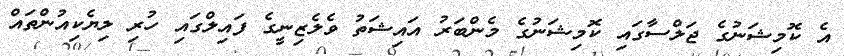
އެ ކޮމިޝަނުގެ ޖަލްސާގައި ކޮމިޝަނުގެ މެންބަރު އައިޝަތު ވެލެޒިނީގެ ފައިލްގައި ހުރި ލިޔެކިއުންތައް